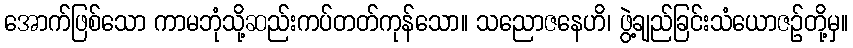
အောက်ဖြစ်သော ကာမဘုံသို့ဆည်းကပ်တတ်ကုန်သော။ သညောဇနေဟိ၊ ဖွဲ့ချည်ခြင်းသံယောဇဉ်တို့မှ။